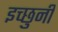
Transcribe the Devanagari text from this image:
इच्छुनी